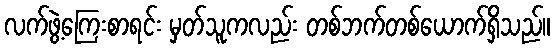
လက်ဖွဲ့ကြေးစာရင်း မှတ်သူကလည်း တစ်ဘက်တစ်ယောက်ရှိသည်။